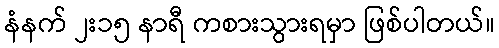
နံနက် ၂း၁၅ နာရီ ကစားသွားရမှာ ဖြစ်ပါတယ်။